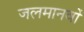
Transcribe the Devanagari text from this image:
जलमानवों